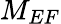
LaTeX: M_{EF}